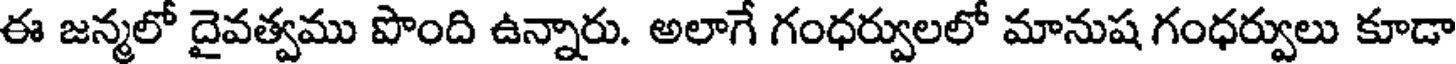
ఈ జన్మలో దైవత్వము పొంది ఉన్నారు. అలాగే గంధర్వులలో మానుష గంధర్వులు కూడా